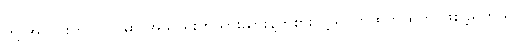
တို့ အသင်းက ပြိုင်ပွဲမှာ အသည်းတယားယားနဲ့ကစားလို့ ရင်တထိတ်ထိတ် ဖြစ်ခဲ့ရတယ်။